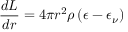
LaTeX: { \frac { d L } { d r } } = 4 \pi r ^ { 2 } \rho \left( \epsilon - \epsilon _ { \nu } \right)